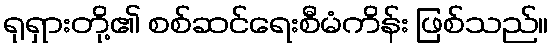
ရုရှားတို့၏ စစ်ဆင်ရေးစီမံကိန်း ဖြစ်သည်။